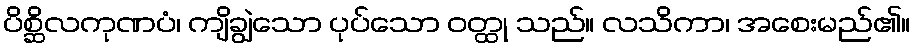
ပိစ္ဆိလကုဏပံ၊ ကျိချွဲသော ပုပ်သော ဝတ္ထု သည်။ လသိကာ၊ အစေးမည်၏။